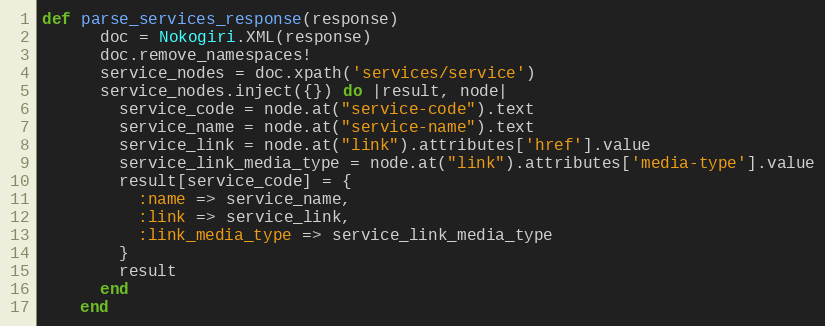
Language: Ruby
def parse_services_response(response)
      doc = Nokogiri.XML(response)
      doc.remove_namespaces!
      service_nodes = doc.xpath('services/service')
      service_nodes.inject({}) do |result, node|
        service_code = node.at("service-code").text
        service_name = node.at("service-name").text
        service_link = node.at("link").attributes['href'].value
        service_link_media_type = node.at("link").attributes['media-type'].value
        result[service_code] = {
          :name => service_name,
          :link => service_link,
          :link_media_type => service_link_media_type
        }
        result
      end
    end